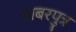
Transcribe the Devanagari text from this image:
बाबरपुत्र